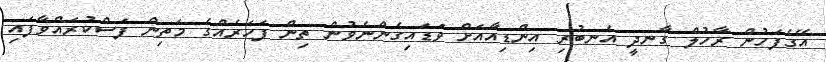
އޭގެފަހުން ރާހުލް ގާނދީ އެނބުރި އިންޑިއާއަށް ވަޑައިގެންނެވުން ތިން ފަހަރެއްގެ މަތިން ފަސްކުރައްވާފައި